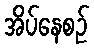
အိပ်နေစဉ်